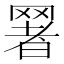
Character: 𦋧